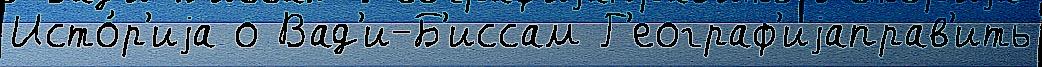
Исто́р'иjа о Вад'и-Б'иссам Г'еограф'иjаправ'ить